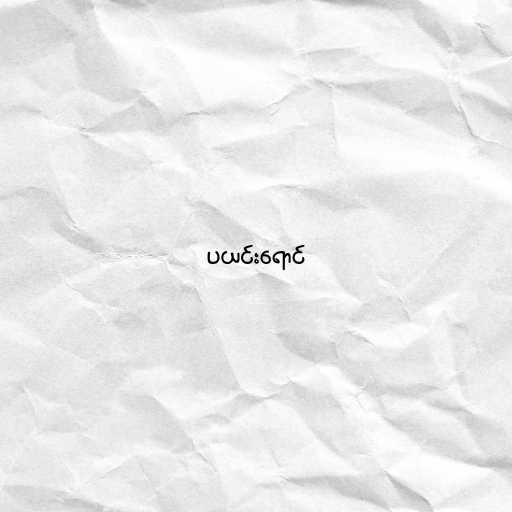
ပယင်းရောင်